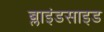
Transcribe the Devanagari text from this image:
ब्लाइंडसाइड